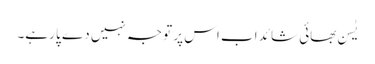
یٰسن بھائی شائد اب اس پر توجہ نہیں دے پا رہے۔